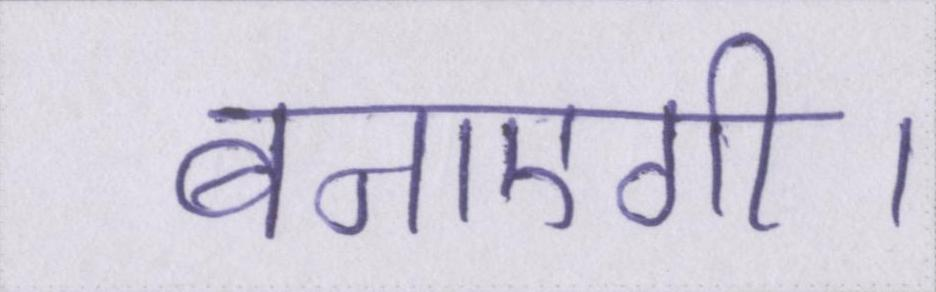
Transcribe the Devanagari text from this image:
बनाएगी।